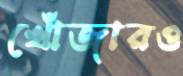
খোঁজারও